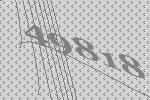
49818